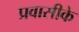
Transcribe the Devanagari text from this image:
प्रवासीके